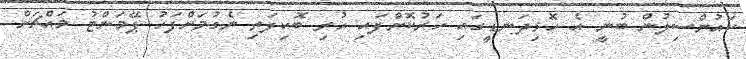
ކައުންސިލުން ބުނީ އެ ހޮޅިދަނޑީގައި ހަރުކޮށްފައި ހުރި ބޮކިފަތި ނެގުމަށްފަހު ޕޭމަންޓު މައްޗަށް